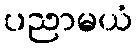
ပညာမယံ